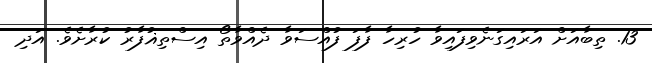
13. ތިބާއަށް އަރައިގަނެވިފައިވާ ހުރިހާ ފާފަ ފުއްސަވާ ދެއްވާތޯ އިސްތިޣުފާރު ކުރާށެވެ. އަދި